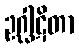
ဥဂ္ဃါဋိတာ